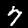
Digit: 7